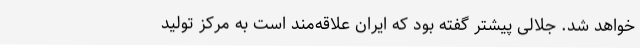
خواهد شد. جلالی پیشتر گفته بود که ایران علاقه‌مند است به مرکز تولید